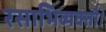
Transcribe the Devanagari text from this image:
रसाभिव्यक्तौ।